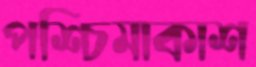
পশ্চিমাকাশ